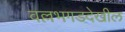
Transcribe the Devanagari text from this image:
वल्लभगडदेखील